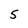
Character: 5